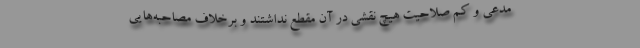
مدعی و کم صلاحیت هیچ نقشی در آن مقطع نداشتند و برخلاف مصاحبه‌هایی